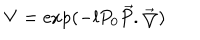
LaTeX: V = \exp ( - l P _ { 0 } \overrightarrow { P } . \overrightarrow { \bigtriangledown } )